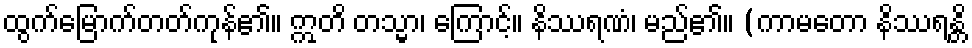
ထွက်မြောက်တတ်ကုန်၏။ ဣတိ တသ္မာ၊ ကြောင့်။ နိဿရဏံ၊ မည်၏။ (ကာမတော နိဿရန္တိ